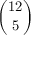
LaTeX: \binom { 1 2 } { 5 }